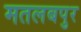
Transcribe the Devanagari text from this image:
मतलबपुर